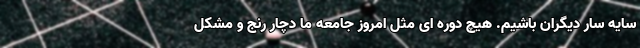
سایه سار دیگران باشیم. هیچ دوره ای مثل امروز جامعه ما دچار رنج و مشکل